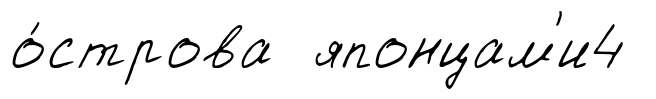
о́строва японцам'и4